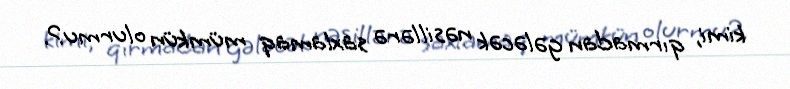
kimi, qırmadan gələcək nəsillərə saxlamaq mümkün olurmu?.